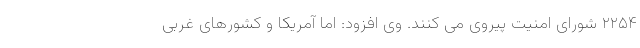
۲۲۵۴ شورای امنیت پیروی می کنند. وی افزود: اما آمریکا و کشورهای غربی